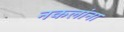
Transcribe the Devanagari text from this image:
नकलांना